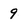
Character: 9